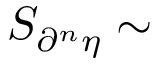
S _ { \partial ^ { n } { \eta } } \sim